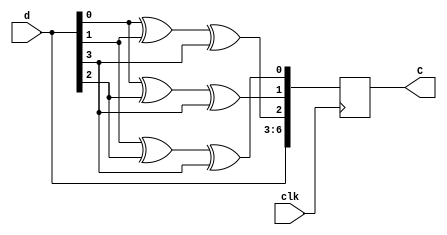
module hammingenc(clk,d,C);
output reg [6:0]C;		//Code digits 
input [3:0]d;				//Data digits
input clk;
always@(posedge clk)
begin
	C[6]<=d[3];
	C[5]<=d[2];
	C[4]<=d[1];
	C[3]<=d[0];
	C[2]<=d[0]^d[1]^d[3];		//Parity bits
	C[1]<=d[0]^d[2]^d[3];		//Parity bits
	C[0]<=d[1]^d[2]^d[3];		//Parity bits
end
endmodule